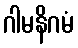
ဂါမနိဂမံ